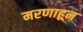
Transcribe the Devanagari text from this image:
मरणाहून